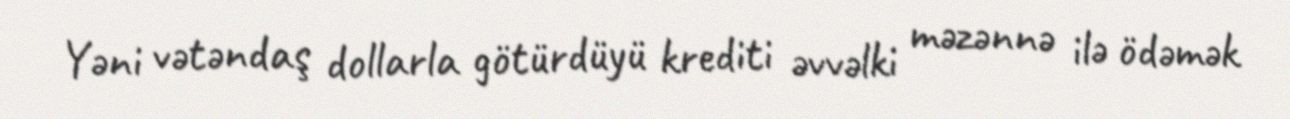
Yəni vətəndaş dollarla götürdüyü krediti əvvəlki məzənnə ilə ödəmək